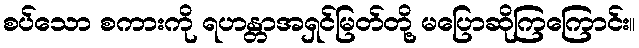
စပ်သော စကားကို ရဟန္တာအရှင်မြတ်တို့ မပြောဆိုကြကြောင်း။